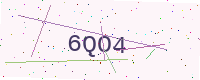
Text: 6QO4